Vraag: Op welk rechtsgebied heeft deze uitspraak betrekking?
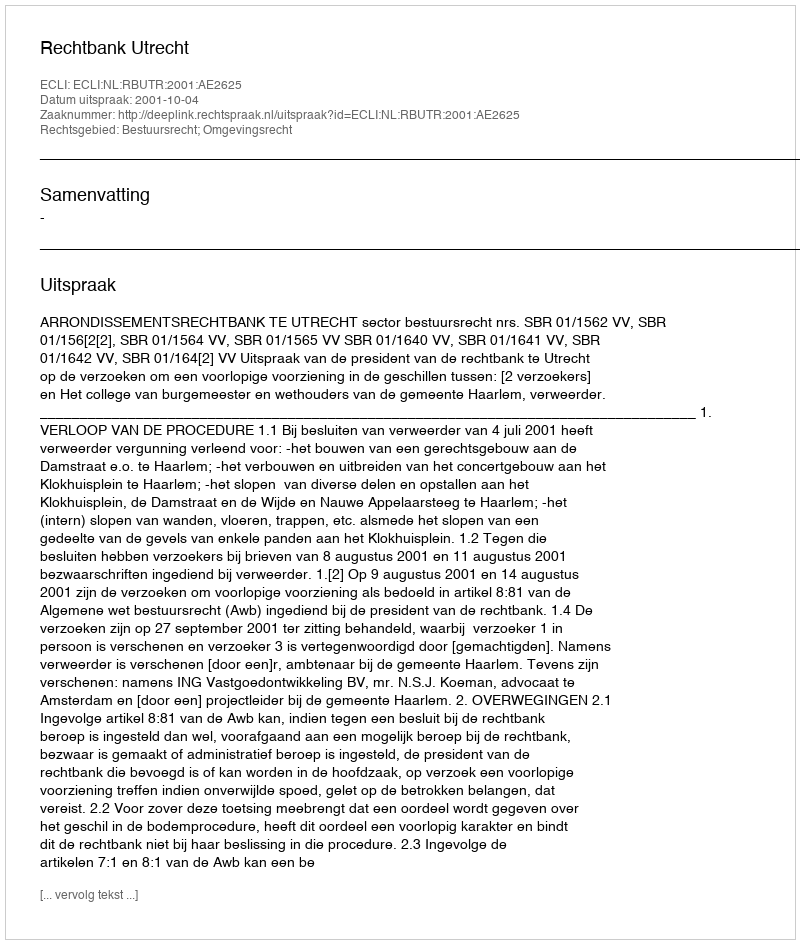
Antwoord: Bestuursrecht; Omgevingsrecht